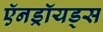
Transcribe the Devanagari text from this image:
ऍनड्रॉयड्स